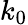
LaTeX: k_{0}